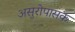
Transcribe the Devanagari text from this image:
असुरोपासक